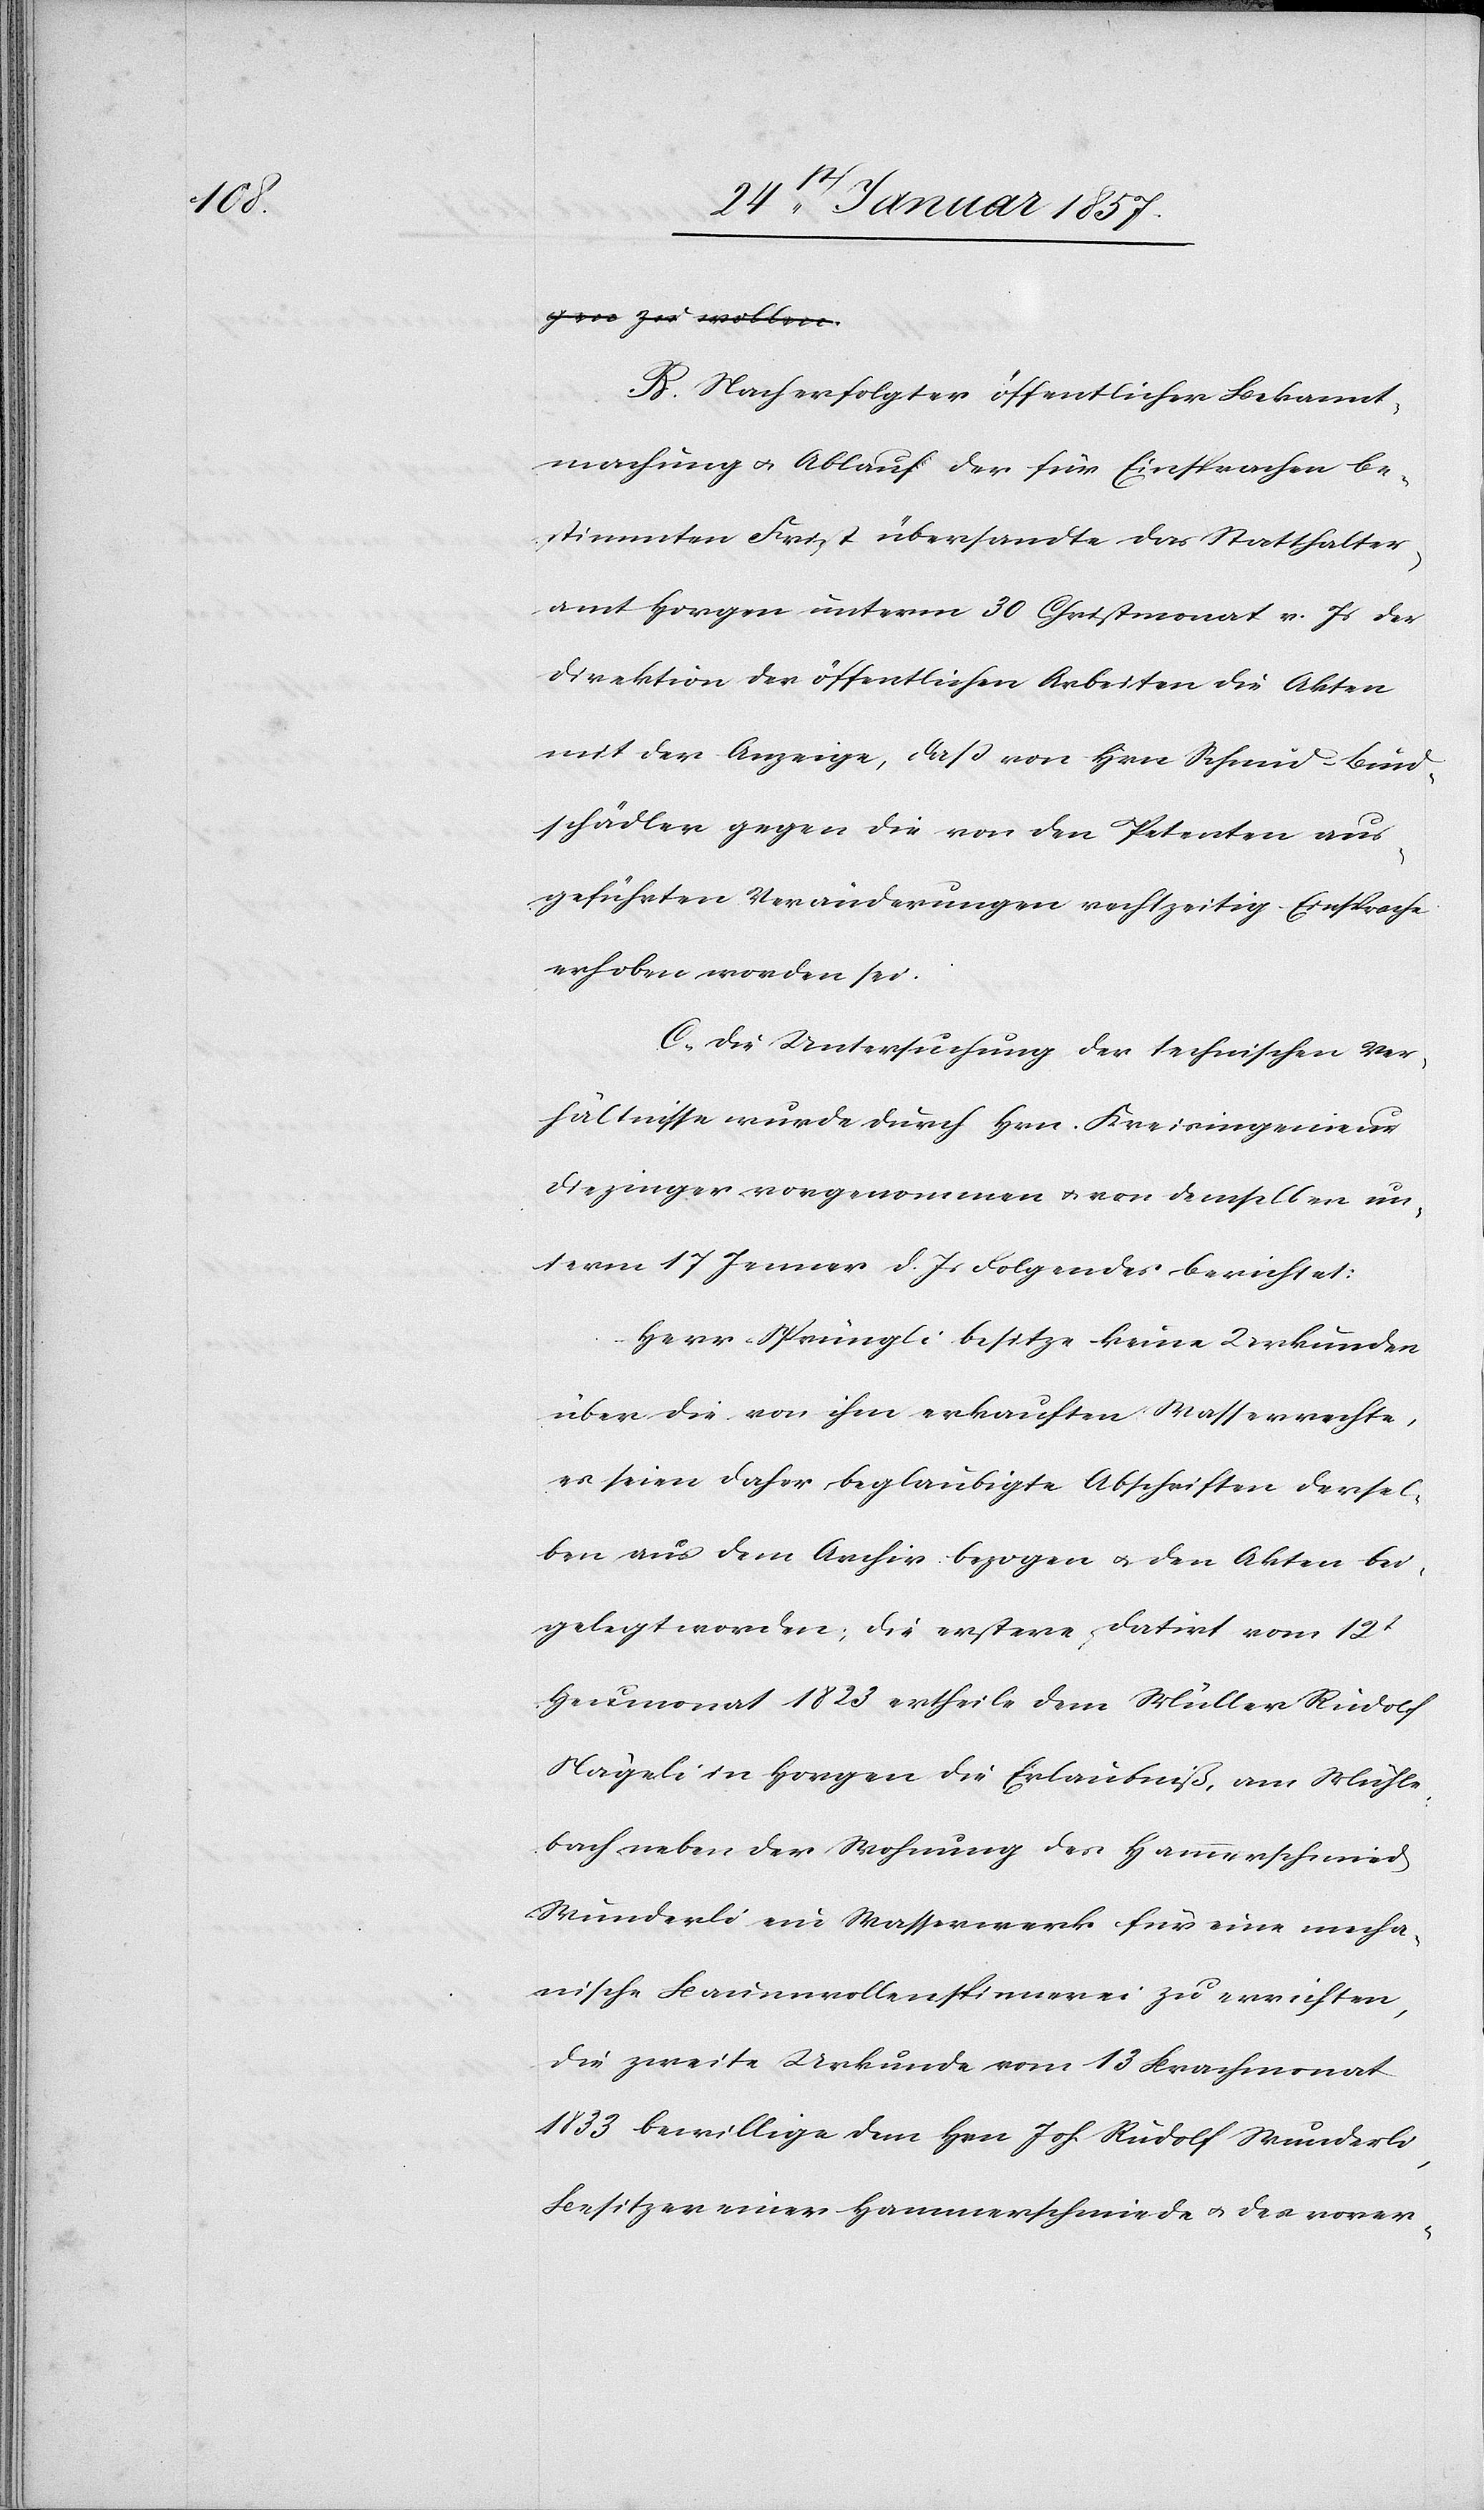
B. Nach erfolgter öffentlichen Bekannt¬
machung & Ablauf der für Einsprachen be¬
stimmten Frist übersandte das Statthalter¬
amt Horgen unterm 30 Christmonat v. Js der
Direktion der öffentlichen Arbeiten die Akten
mit der Anzeige, daß von Hrn Schmid Bind¬
schädler gegen die von den Petenten aus¬
geführten Veränderungen rechtzeitig Einsprache
erhoben worden sei.
C. Die Untersuchung der technischen Ver¬
hältnisse wurde durch Hrn. Kreisingenieur
Diezinger vorgenommen & von demselben un¬
term 17 Jenner d. Js. Folgendes berichtet:
Herr Sprüngli besitze keine Urkunden
über die von ihm erkauften Wasserrechte,
es seien daher beglaubigte Abschriften dersel¬
ben aus dem Archiv bezogen & den Akten bei¬
gelegt worden: die erstere, datirt vom 12t
Heumonat1823 ertheile dem Müller Rudolf
Nägeli in Horgen die Erlaubniß, am Mühle¬
bach neben der Wohnung des Hammerschmied
Wunderli ein Wasserwerk für eine mecha¬
nische Baumwollenspinnerei zu errichten,
die zweite Urkunde vom 13 Brachmonat
1833 bewillige dem Hrn Joh. Rudolf Wunderli,
Besitzer einer Hammerschmiede & des vorer-